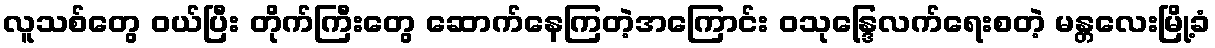
လူသစ်တွေ ဝယ်ပြီး တိုက်ကြီးတွေ ဆောက်နေကြတဲ့အကြောင်း ဝသုန္ဒြေလက်ရေးစတဲ့ မန္တလေးမြို့ခံ